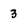
Character: 3